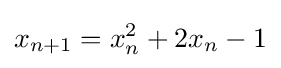
x_{n+1}=x_{n}^{2}+2x_{n}-1